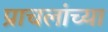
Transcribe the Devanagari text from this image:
प्राचलांच्या